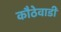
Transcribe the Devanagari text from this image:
कौठेवाडी